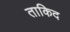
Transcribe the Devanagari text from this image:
ताकिद